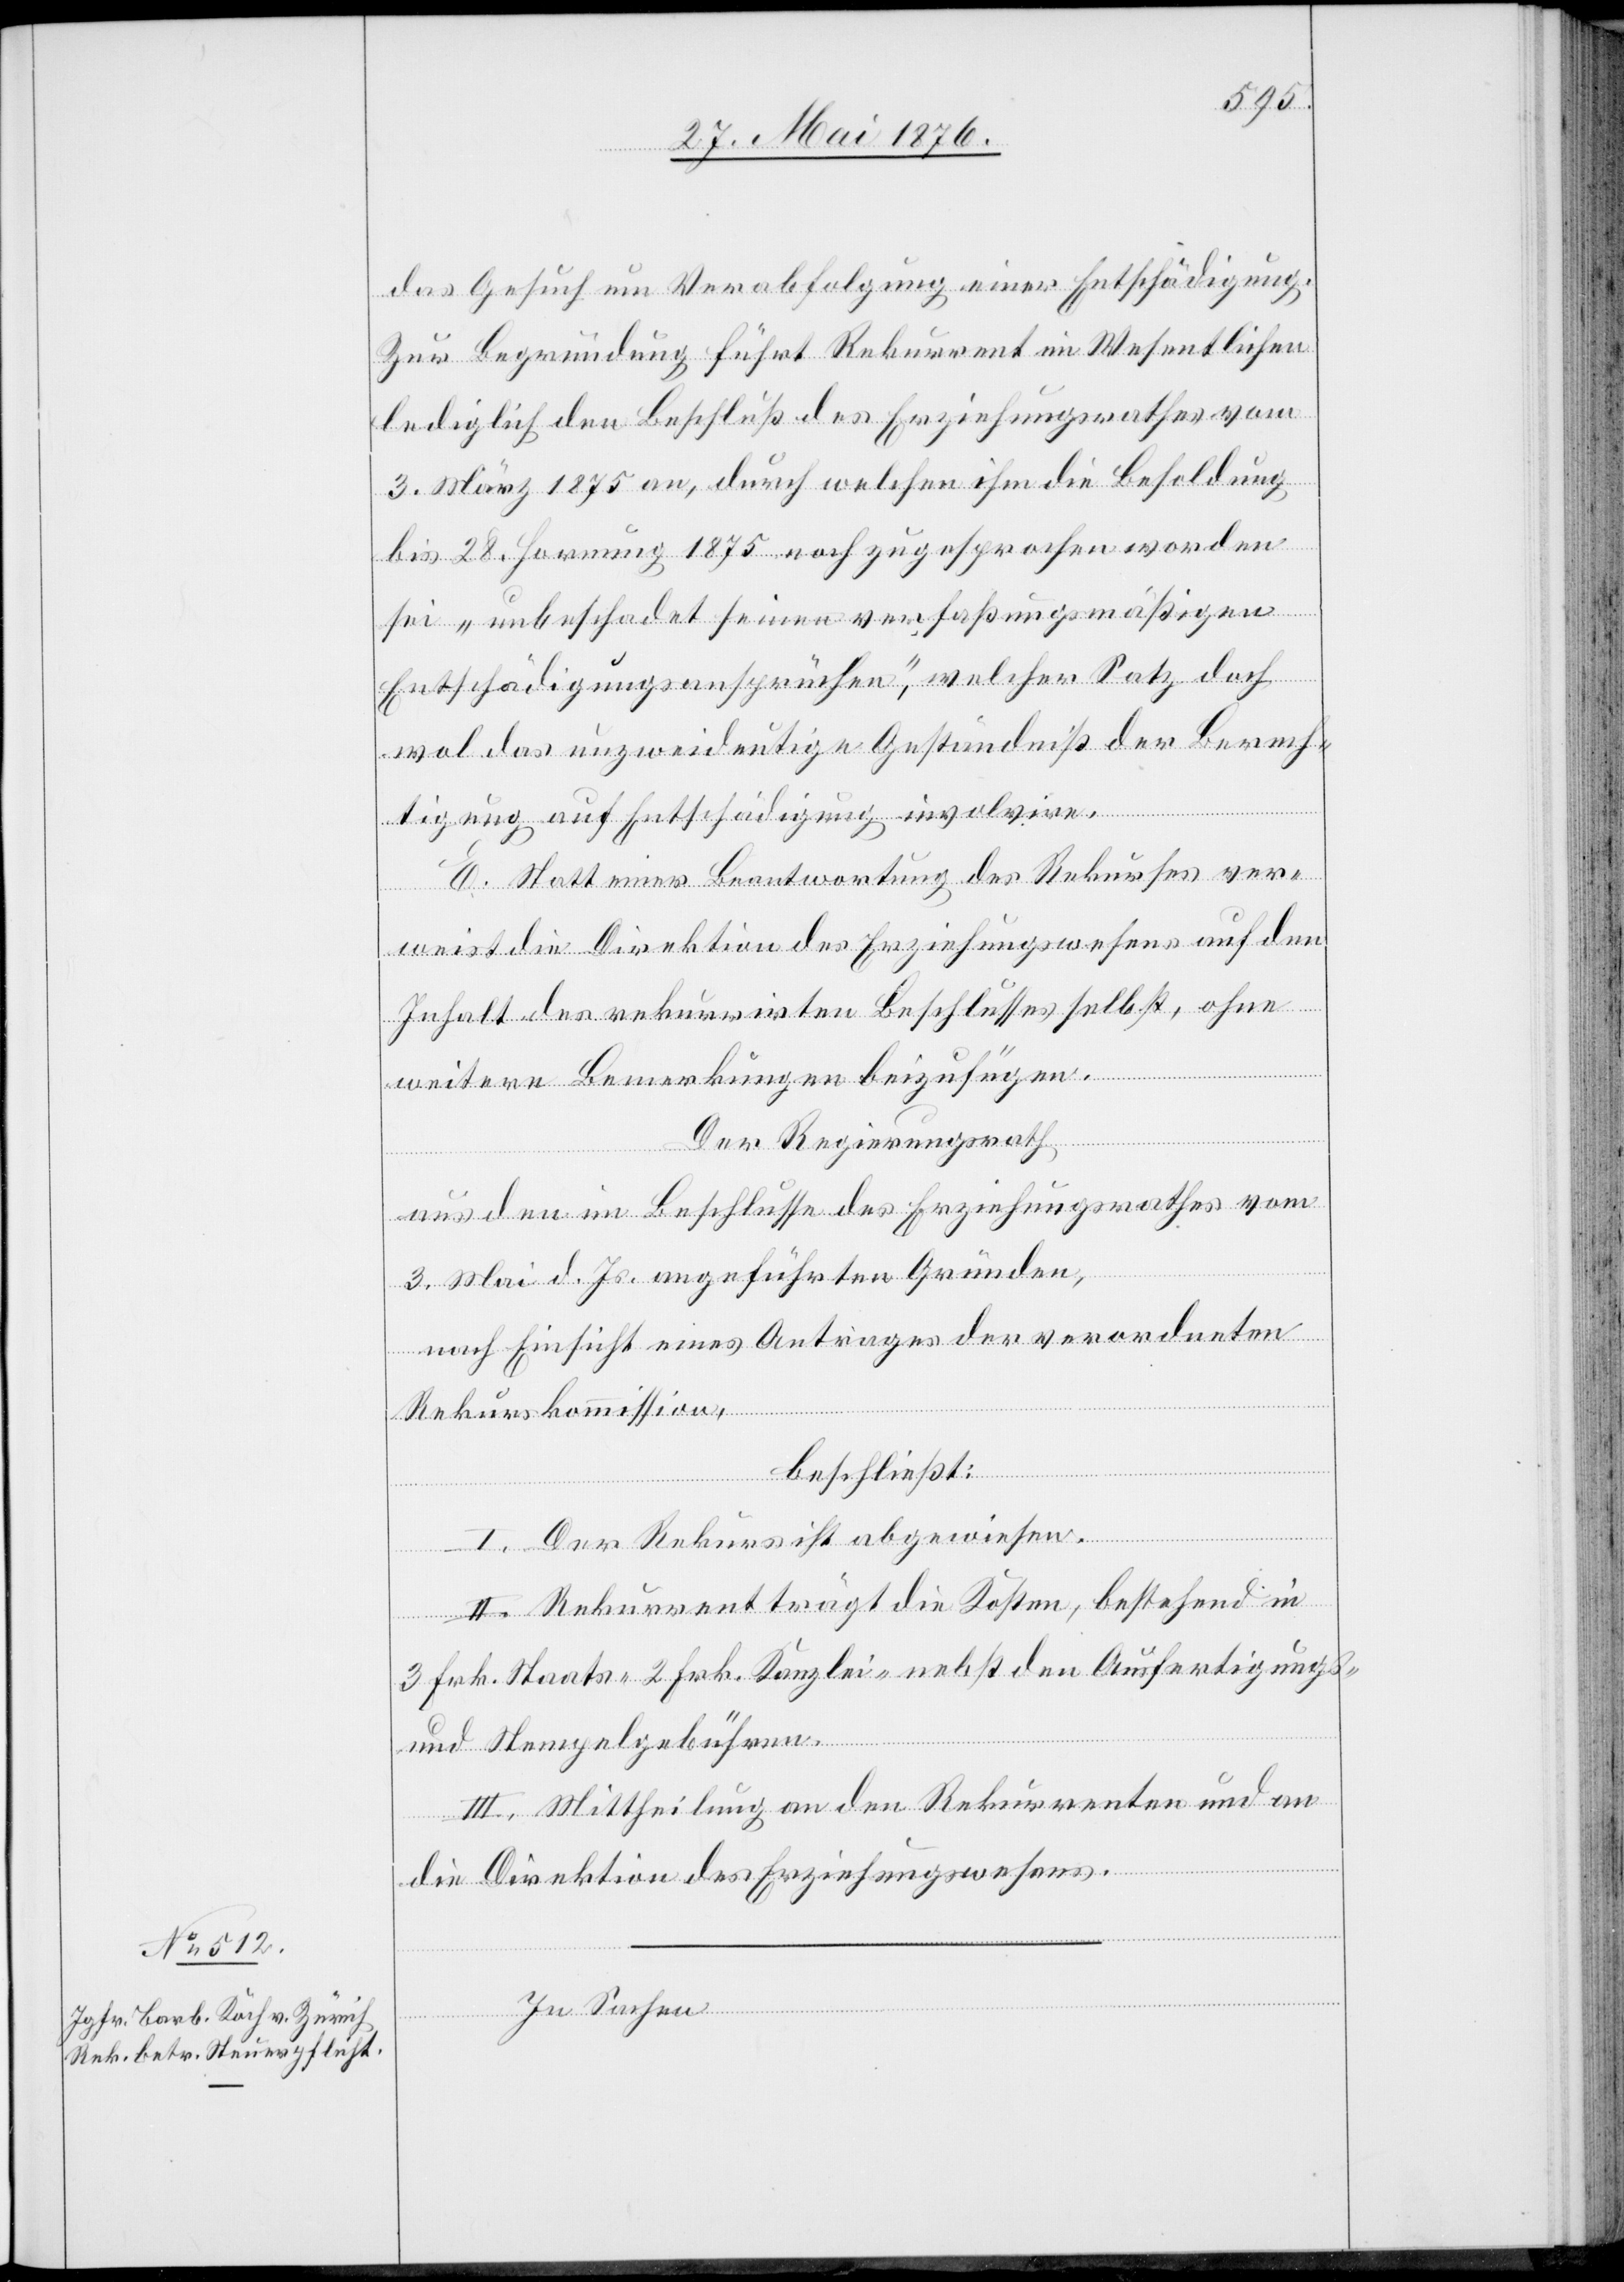
das Gesuch um Verabfolgung einer Entschädigung.
Zur Begründung führt Rekurrent im Wesentlichen
lediglich den Beschluß des Erziehungsrathes vom
3. März 1875 an, durch welchen ihm die Besoldung
bis 2. Hornung 1875 noch zugesprochen worden
sei „unbeschadet seinen verfaßungsmäßigen
Entschädigungsansprüchen“, welcher Satz doch
wol das unzweideutige Geständniß der Berech¬
tigung auf Entschädigung involvire.
E. Statt einer Beantwortung des Rekurses ver¬
weist die Direktion des Erziehungswesens auf den
Inhalt des rekurrirten Beschlusses selbst, ohne
weitere Bemerkungen beizufügen.
Der Regierungsrath,
aus den im Beschlusse der Erziehungsrathes vom
3. Mai d. Js. angeführten Gründen,
nach Einsicht eines Antrages der verordneten
Rekurskommission,
beschließt:
I. Der Rekurs ist abgewiesen.
II. Rekurrent trägt die Kosten, bestehend in
3 Frk. Staats- 2 Frk. Kanzlei- nebst den Ausfertigungs-
und Stempelgebühren.
II. Mittheilung an den Rekurrenten und an
die Direktion des Erziehungswesens.
In Sachen